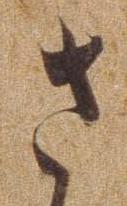
さ